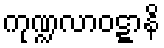
ကုဏ္ဍလာဝဋ္ဋာနိ